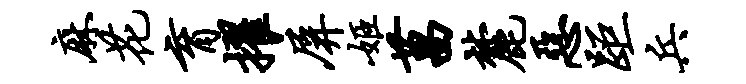
麻花育擢屏姬菖麓恶距兵